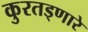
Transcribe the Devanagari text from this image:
कुरतड्णारे